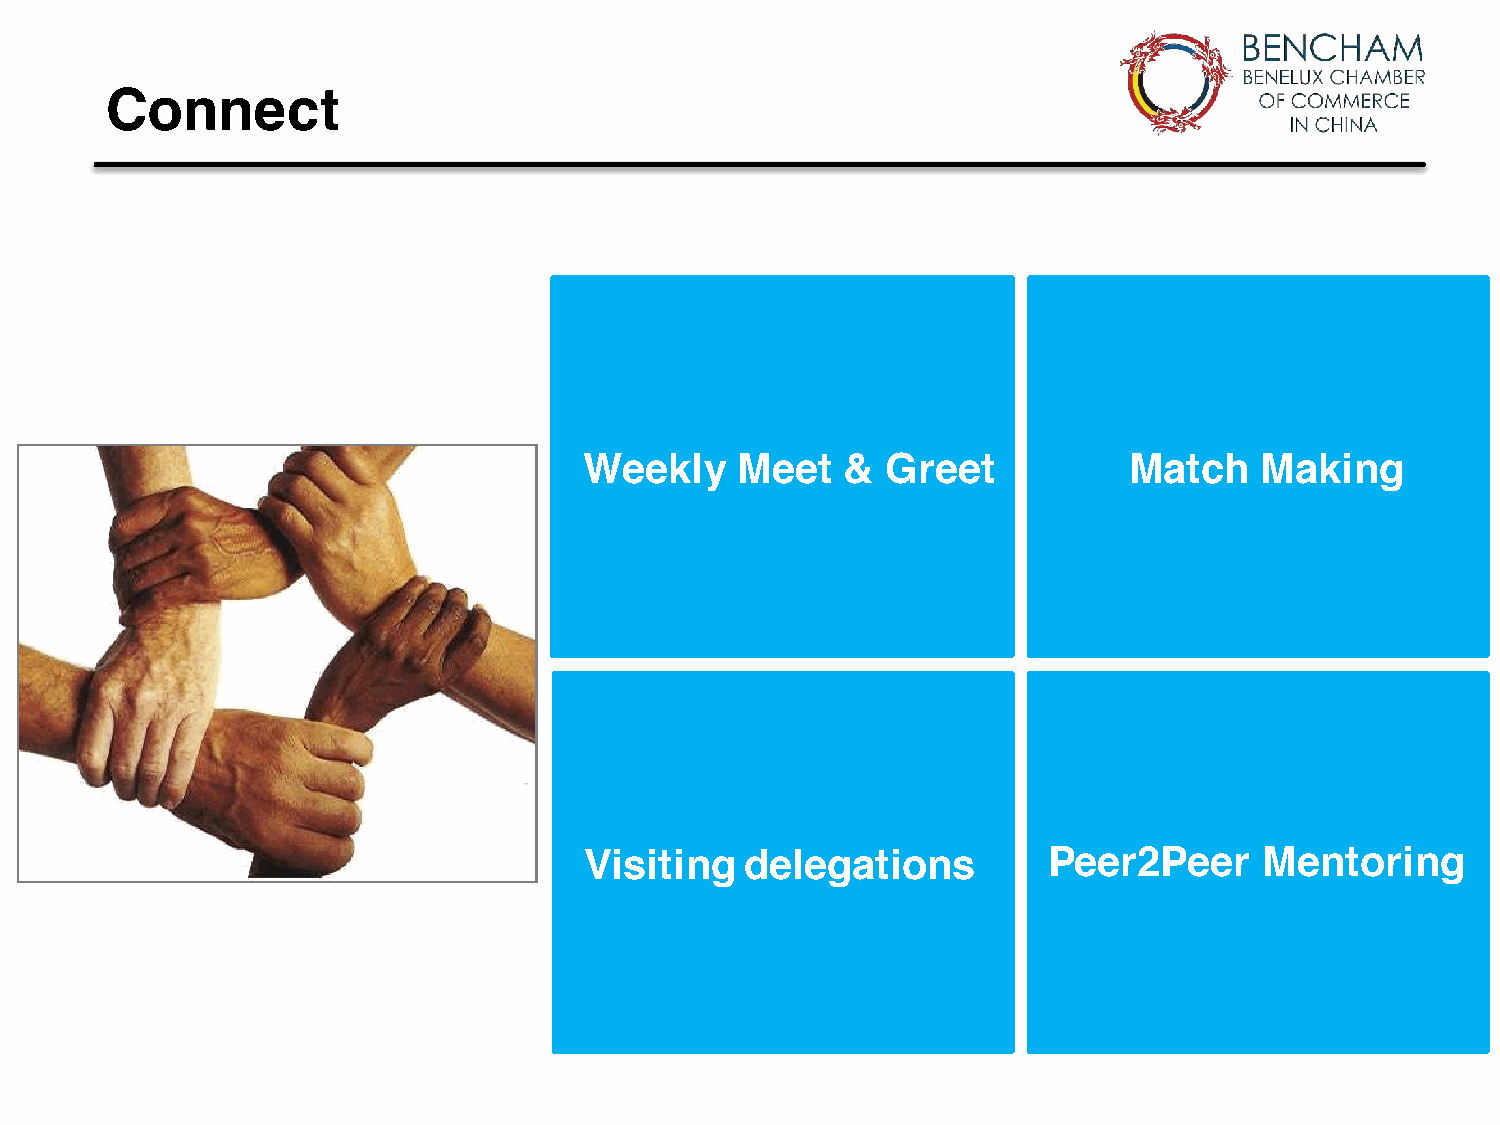
Connect
 Weekly    Meet   &  Greet           Match   Making
 Visiting  delegations         Peer2Peer      Mentoring